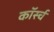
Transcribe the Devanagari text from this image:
कॉर्स्च